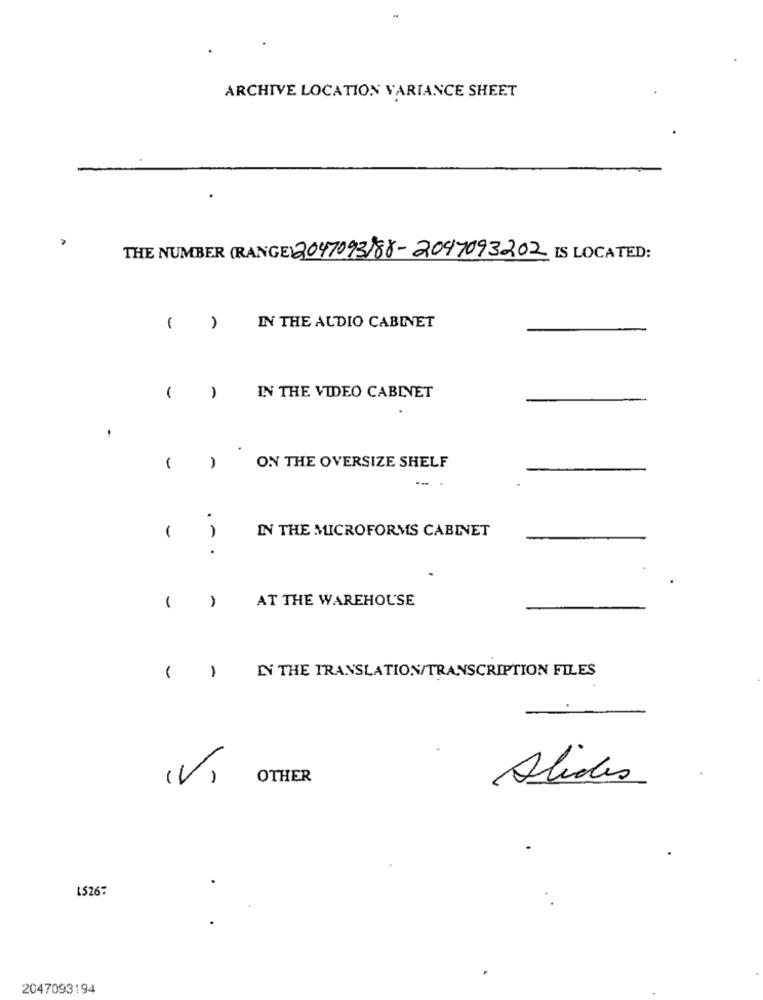
ARCHIVE LOCATION VARIANCE SHEET
THE NUMBER (RANGE) 2047093)88-2047093202 IS LOCATED:
( )
IN THE AUDIO CABINET
IN THE VIDEO CABINET
(
ON THE OVERSIZE SHELF
.
IN THE MICROFORMS CABINET
.
AT THE WAREHOUSE
IN THE TRANSLATION/TRANSCRIPTION FILES
( )
(V)
OTHER
Alides
1526:
2047093194